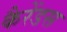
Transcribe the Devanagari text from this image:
कैरेंडस